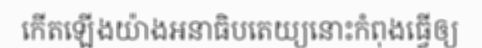
កើតឡើងយ៉ាងអនាធិបតេយ្យនោះកំពុងធ្វើឲ្យ